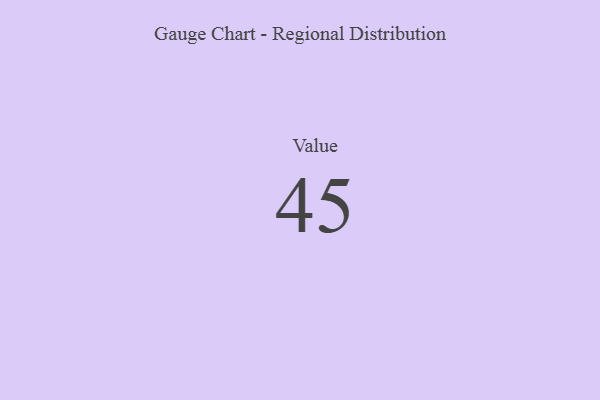
{"axis": {"x": "Metric", "y": "Value"}, "legend": [""], "data": [{"x": "Value", "y": 45, "type": ""}]}